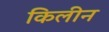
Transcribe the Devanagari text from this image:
किलीन